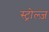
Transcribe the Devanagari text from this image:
स्ट्रोल्ज़